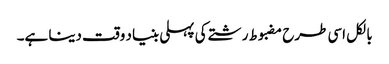
بالکل اسی طرح مضبوط رشتے کی پہلی بنیاد وقت دینا ہے۔